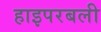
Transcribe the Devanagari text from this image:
हाइपरबली